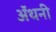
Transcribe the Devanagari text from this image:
ॲंथनी